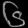
Digit: ၆